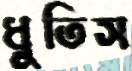
ধুতিস